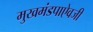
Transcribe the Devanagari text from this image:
मुखमंडपाऐवजी